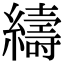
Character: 䌧